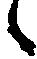
候